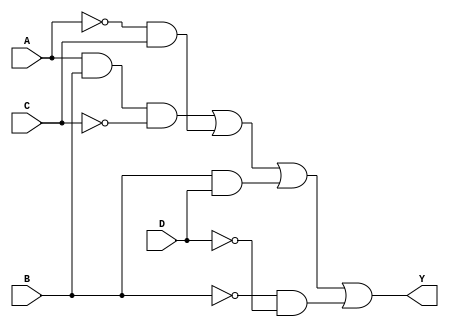
module combinational_logic_block (
    input wire A,     // Input variable A
    input wire B,     // Input variable B
    input wire C,     // Input variable C
    input wire D,     // Input variable D
    output wire Y     // Output variable Y
);

// Intermediate signals for minimized logic expression
wire notA, notB, notC, notD;
wire term1, term2, term3, term4;

// NOT gates for inversion
not (notA, A);
not (notB, B);
not (notC, C);
not (notD, D);

// Example minimized logic expression (replace with your own)
assign term1 = A & B & notC;       // Example term
assign term2 = notA & C;           // Example term
assign term3 = B & D;              // Example term
assign term4 = notB & notD;        // Example term

// Final output Y combining the terms using OR gates
assign Y = term1 | term2 | term3 | term4;

endmodule